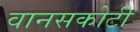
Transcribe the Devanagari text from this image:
वानसकोटी